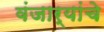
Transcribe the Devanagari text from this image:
वंजार्यांचे